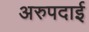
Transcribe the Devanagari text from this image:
अरुपदाई